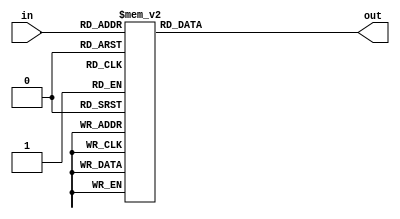
module three_decode(
    input [2:0] in,
    output reg [7:0] out
);

always @(*) begin
    case (in)
       3'h0: out= 8'h01;
       3'h1: out= 8'h02;
       3'h2: out= 8'h04;
       3'h3: out= 8'h08;
       3'h4: out= 8'h10;
       3'h5: out= 8'h20;
       3'h6: out= 8'h40;
       3'h7: out= 8'h80;     
        default: out = 8'h0; 
    endcase 
end

endmodule